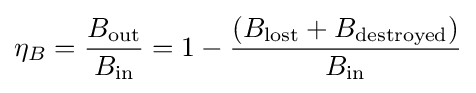
\eta _{B}={\frac {B_{\text{out}}}{B_{\text{in}}}}=1-{\frac {\left(B_{\text{lost}}+B_{\text{destroyed}}\right)}{B_{\text{in}}}}